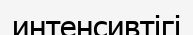
интенсивтігі